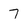
Character: 7